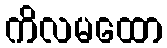
ကိလမထော